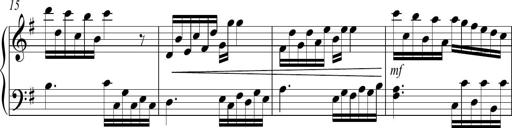
Title: Sonatina no. 2
Composer: Brian Henderson-Sellers
Key: G major